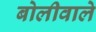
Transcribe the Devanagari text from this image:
बोलीवाले